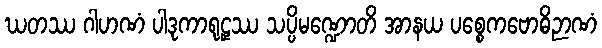
ဃတဿ ဂါဟဏံ ပါဒုကာရုဠှဿ သပ္ပိမဏ္ဍောတိ အာနယ ပစ္စေကဗောဓိဉာဏံ